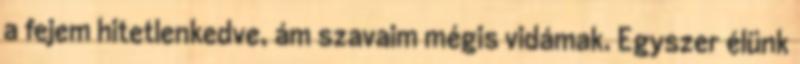
a fejem hitetlenkedve, ám szavaim mégis vidámak. Egyszer élünk